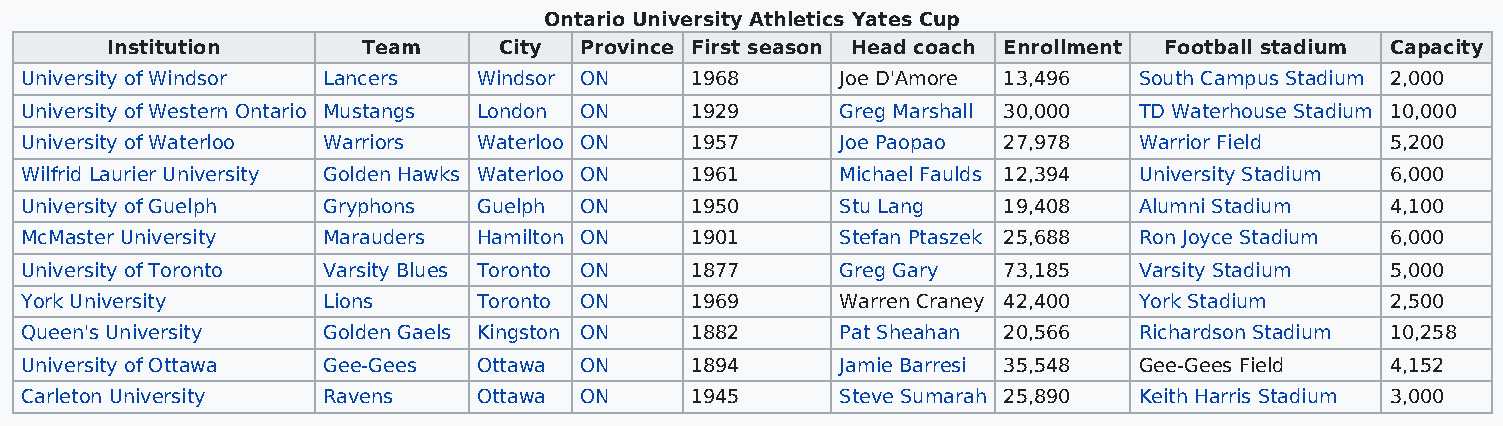
Ontario University Athletics Yates Cup
 Institution      Team     City Province First season Head coach Enrollment Football stadium Capacity
 University of Windsor Lancers  Windsor ON    1968      Joe D'Amore 13,496 South Campus Stadium 2,000
 University of Western Ontario Mustangs London ON 1929  Greg Marshall 30,000 TD Waterhouse Stadium 10,000
 University of Waterloo Warriors Waterloo ON  1957      Joe Paopao 27,978  Warrior Field    5,200
 Wilfrid Laurier University Golden Hawks Waterloo ON 1961 Michael Faulds 12,394 University Stadium 6,000
 University of Guelph Gryphons  Guelph ON     1950      Stu Lang  19,408   Alumni Stadium   4,100
 McMaster University Marauders  Hamilton ON   1901      Stefan Ptaszek 25,688 Ron Joyce Stadium 6,000
 University of Toronto Varsity Blues Toronto ON 1877    Greg Gary 73,185   Varsity Stadium  5,000
 York University     Lions      Toronto ON    1969      Warren Craney 42,400 York Stadium   2,500
 Queen's University  Golden Gaels Kingston ON 1882      Pat Sheahan 20,566 Richardson Stadium 10,258
 University of Ottawa Gee-Gees  Ottawa ON     1894      Jamie Barresi 35,548 Gee-Gees Field 4,152
 Carleton University Ravens     Ottawa ON     1945      Steve Sumarah 25,890 Keith Harris Stadium 3,000